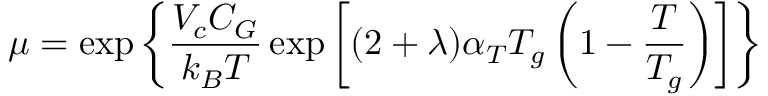
\mu = \exp { \left\{ { \frac { V _ { c } C _ { G } } { k _ { B } T } } \exp { \left[ ( 2 + \lambda ) \alpha _ { T } T _ { g } \left( 1 - { \frac { T } { T _ { g } } } \right) \right] } \right\} }